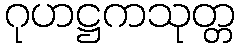
ဂုဟဋ္ဌကသုတ္တ